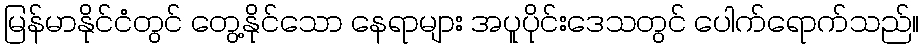
မြန်မာနိုင်ငံတွင် တွေ့နိုင်သော နေရာများ အပူပိုင်းဒေသတွင် ပေါက်ရောက်သည်။